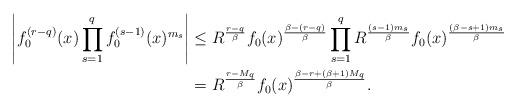
LaTeX: \begin{align*}\left| f_0^{(r-q)}(x) \prod_{s=1}^q f_0^{(s-1)}(x)^{m_s} \right|& \leq R^\frac{r-q}{\beta} f_0(x)^\frac{\beta-(r-q)}{\beta} \prod_{s=1}^q R^\frac{(s-1)m_s}{\beta}f_0(x)^\frac{(\beta-s+1)m_s}{\beta} \\& = R^\frac{r-M_q}{\beta} f_0(x)^\frac{\beta-r+(\beta+1)M_q}{\beta}.\end{align*}